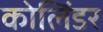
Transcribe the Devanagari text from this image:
कोलिंडर